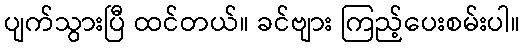
ပျက်သွားပြီ ထင်တယ်။ ခင်ဗျား ကြည့်ပေးစမ်းပါ။